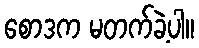
စောဒက မတက်ခဲ့ပါ။